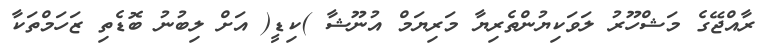
ރާއްޖޭގެ މަޝްހޫރު ލަވަކިޔުންތެރިޔާ މަރިޔަމް އުނޫޝާ )ކިޑީ( އަށް ލިބުނު ބޮޑެތި ޒަހަމްތަކާ